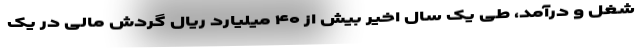
شغل و درآمد، طی یک سال اخیر بیش از ۴۰ میلیارد ریال گردش مالی در یک